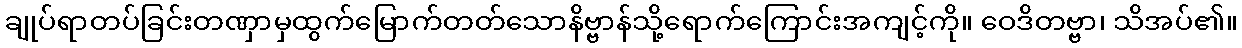
ချုပ်ရာတပ်ခြင်းတဏှာမှထွက်မြောက်တတ်သောနိဗ္ဗာန်သို့ရောက်ကြောင်းအကျင့်ကို။ ဝေဒိတဗ္ဗာ၊ သိအပ်၏။